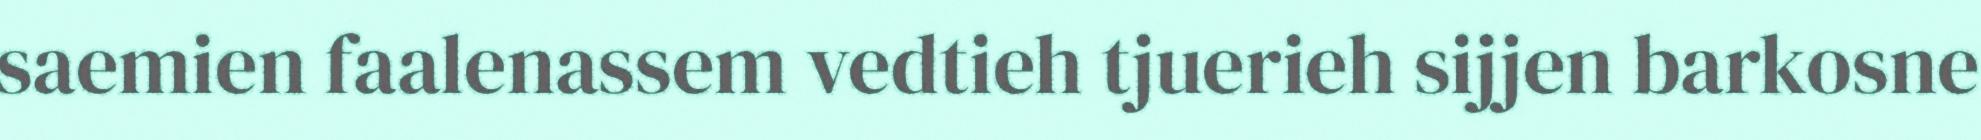
saemien faalenassem vedtieh tjuerieh sijjen barkosne